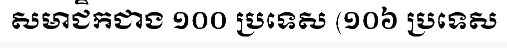
សមាជិកជាង ១០០ ប្រទេស (១០៦ ប្រទេស